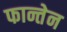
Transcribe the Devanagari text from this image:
फान्तेन